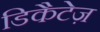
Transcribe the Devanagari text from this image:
डिकैटेज़